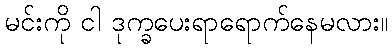
မင်းကို ငါ ဒုက္ခပေးရာရောက်နေမလား။